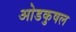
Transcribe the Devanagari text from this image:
ओडकुषल